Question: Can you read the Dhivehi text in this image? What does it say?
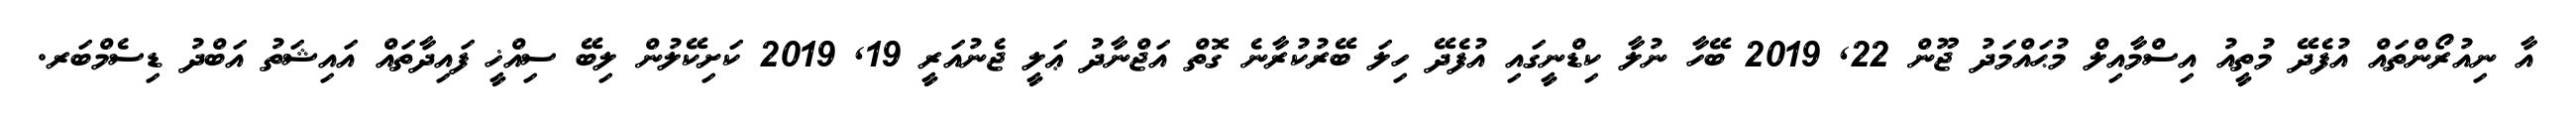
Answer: އާ ނިއުރޯންތައް އުފެދޭ މުތީއު އިސްމާއިލް މުޙައްމަދު ޖޫން 22, 2019 ބޭހާ ނުލާ ކިޑްނީގައި އުފެދޭ ހިލަ ބޭރުކުރާނެ ގޮތް އަޖްނާދު ޢަލީ ޖެނުއަރީ 19, 2019 ކަށިކޭލުން ލިބޭ ސިއްޚީ ފައިދާތައް އައިޝަތު އަބްދު ޑިސެމްބަރ.